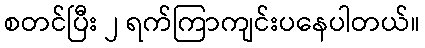
စတင်ပြီး ၂ ရက်ကြာကျင်းပနေပါတယ်။